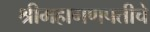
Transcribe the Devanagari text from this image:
श्रीमहागणपतीचे